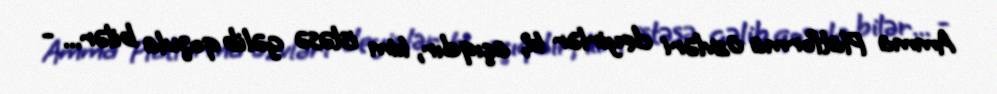
Amma Platforma üzvləri deyirlər ki, açıqdır, kim istəsə gəlib qoşula bilər... -